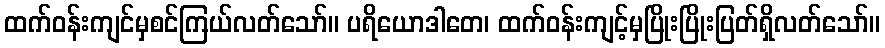
ထက်ဝန်းကျင်မှစင်ကြယ်လတ်သော်။ ပရိယောဒါတေ၊ ထက်ဝန်းကျင့်မှပြိုးပြိုးပြတ်ရှိလတ်သော်။